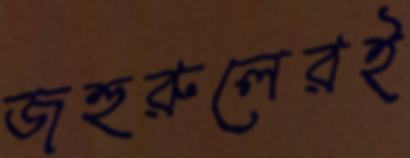
জহুরুলেরই